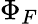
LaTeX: \Phi_{F}